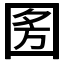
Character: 𭍣